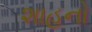
શાહનો